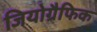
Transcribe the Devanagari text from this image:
जियोग्रैफिक